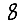
Digit: 8